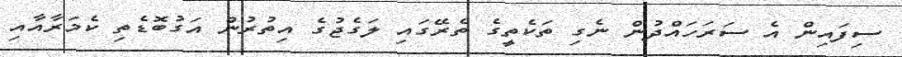
ސިފައިން އެ ސަރަހައްދުން ނެގި ތަކެތީގެ ތެރޭގައި ލަގެޖުގެ އިތުރުން އަގުބޮޑެތި ކެމަރާއާއި